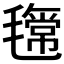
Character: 𣰎